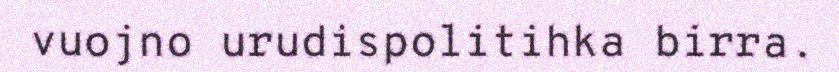
vuojno urudispolitihka birra.